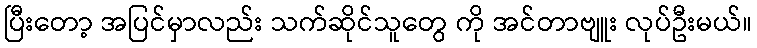
ပြီးတော့ အပြင်မှာလည်း သက်ဆိုင်သူတွေ ကို အင်တာဗျူး လုပ်ဦးမယ်။